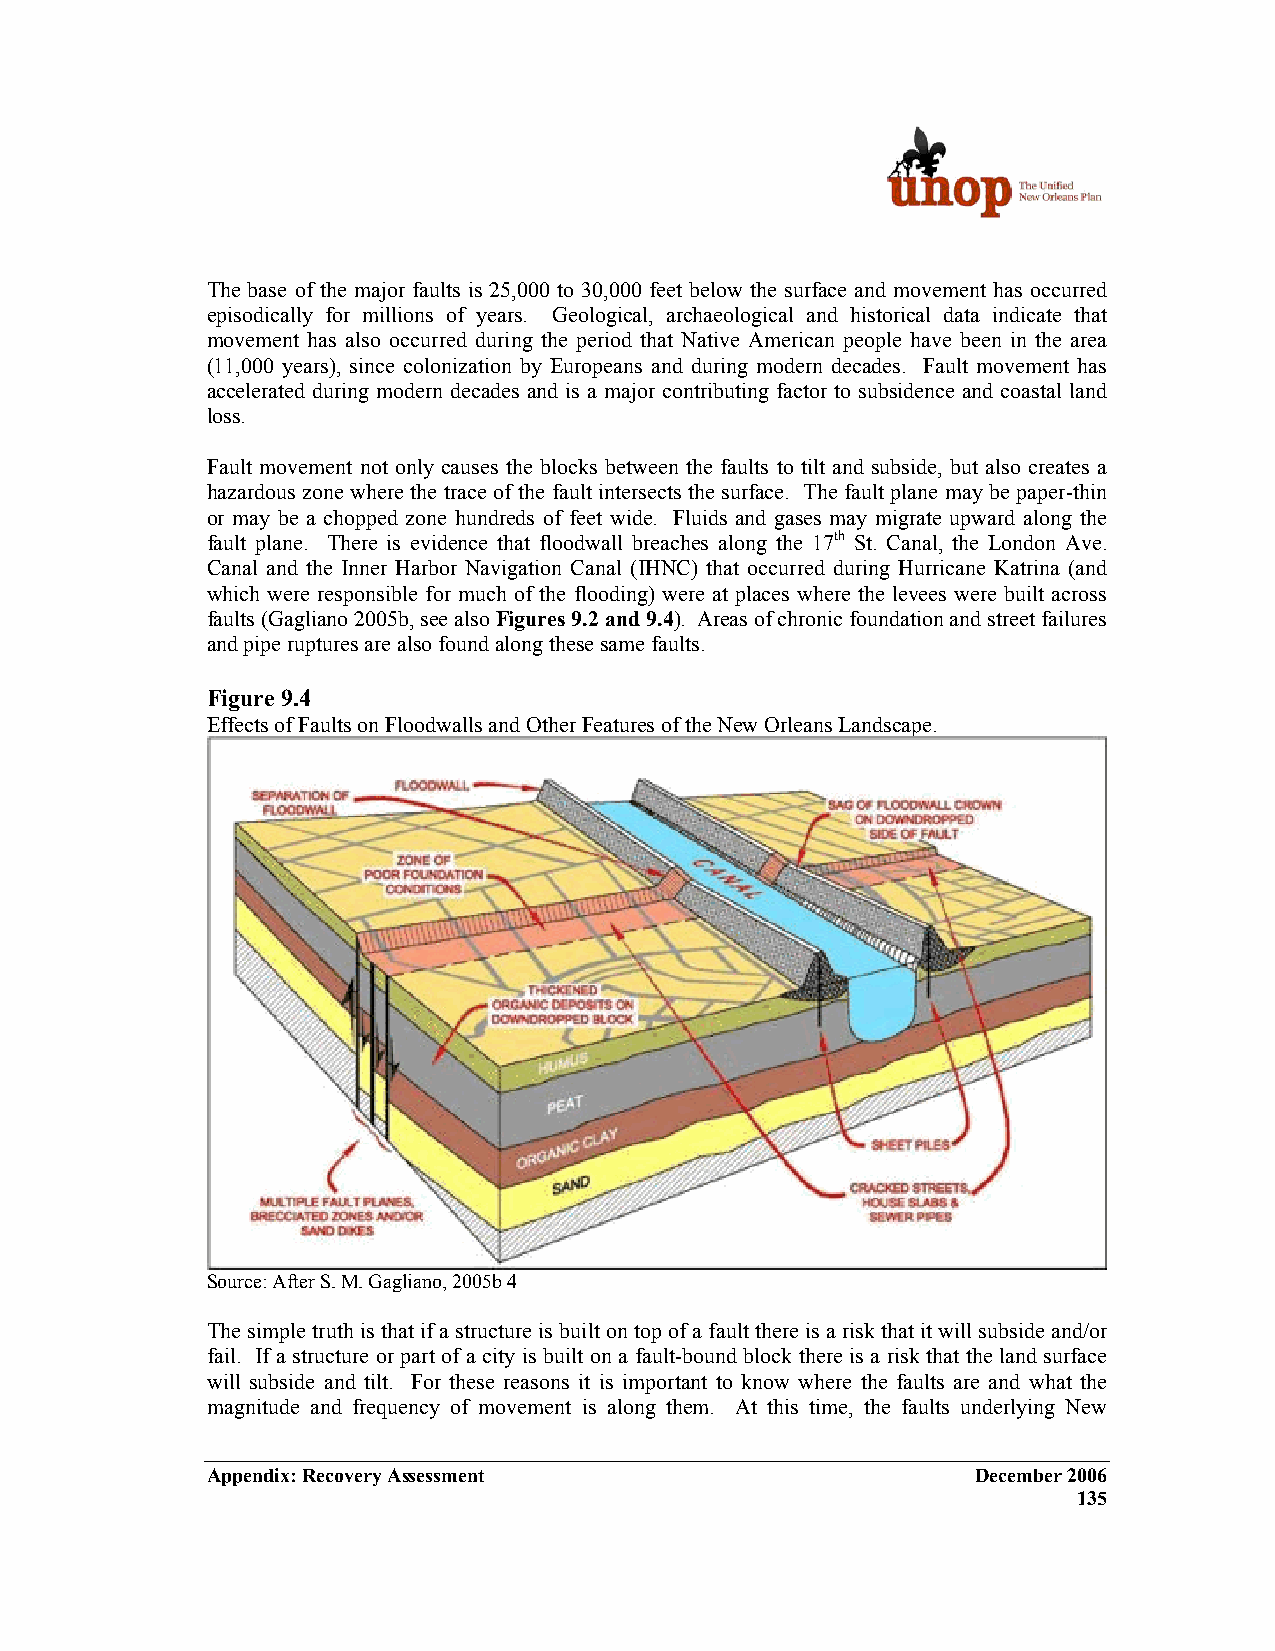
The base of the major faults is 25,000 to 30,000 feet below the surface and movement has occurred
 episodically for millions of years. Geological, archaeological and historical data indicate that
 movement has also occurred during the period that Native American people have been in the area
 (11,000 years), since colonization by Europeans and during modern decades. Fault movement has
 accelerated during modern decades and is a major contributing factor to subsidence and coastal land
 loss.
 Fault movement not only causes the blocks between the faults to tilt and subside, but also creates a
 hazardous zone where the trace of the fault intersects the surface. The fault plane may be paper-thin
 or may be a chopped zone hundreds of feet wide. Fluids and gases may migrate upward along the
 fault plane. There is evidence that floodwall breaches along the 17th St. Canal, the London Ave.
 Canal and the Inner Harbor Navigation Canal (IHNC) that occurred during Hurricane Katrina (and
 which were responsible for much of the flooding) were at places where the levees were built across
 faults (Gagliano 2005b, see also Figures 9.2 and 9.4). Areas of chronic foundation and street failures
 and pipe ruptures are also found along these same faults.
 Figure 9.4
 Effects of Faults on Floodwalls and Other Features of the New Orleans Landscape.
 Source: After S. M. Gagliano, 2005b 4
 The simple truth is that if a structure is built on top of a fault there is a risk that it will subside and/or
 fail. If a structure or part of a city is built on a fault-bound block there is a risk that the land surface
 will subside and tilt. For these reasons it is important to know where the faults are and what the
 magnitude and frequency of movement is along them. At this time, the faults underlying New
 Appendix: Recovery Assessment                      December 2006
 135